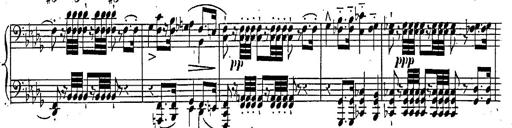
Title: Marche et Cavatine de Lucie de Lammermoor, S.398
Composer: Franz Liszt